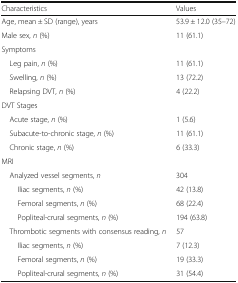
| Characteristics | Values |
 | --- | --- |
 | Age, mean ± SD (range), years | 53.9 ± 12.0 (35–72) |
 | Male sex, n (%) | 11 (61.1) |
 | <COLSPAN=2> Symptoms |
 | Leg pain, n (%) | 11 (61.1) |
 | Swelling, n (%) | 13 (72.2) |
 | Relapsing DVT, n (%) | 4 (22.2) |
 | <COLSPAN=2> DVT Stages |
 | Acute stage, n (%) | 1 (5.6) |
 | Subacute-to-chronic stage, n (%) | 11 (61.1) |
 | Chronic stage, n (%) | 6 (33.3) |
 | <COLSPAN=2> MRI |
 | Analyzed vessel segments, n | 304 |
 | Iliac segments, n (%) | 42 (13.8) |
 | Femoral segments, n (%) | 68 (22.4) |
 | Popliteal-crural segments, n (%) | 194 (63.8) |
 | Thrombotic segments with consensus reading, n | 57 |
 | Iliac segments, n (%) | 7 (12.3) |
 | Femoral segments, n (%) | 19 (33.3) |
 | Popliteal-crural segments, n (%) | 31 (54.4) |